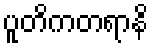
ပူတိကတရာနိ